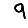
Digit: 9